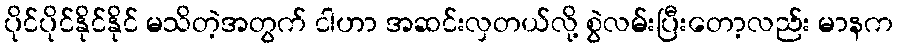
ပိုင်ပိုင်နိုင်နိုင် မသိတဲ့အတွက် ငါဟာ အဆင်းလှတယ်လို့ စွဲလမ်းပြီးတော့လည်း မာနက